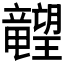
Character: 𬂙